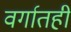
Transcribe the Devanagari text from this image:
वर्गातही